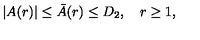
| A ( r ) | \le \bar { A } ( r ) \le D _ { 2 } , \quad r \ge 1 ,